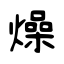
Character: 燥